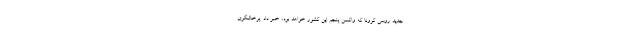
جدید روسی کرونا که واکسن پنجم این کشور خواهد بود، خبر داد. پرخاشگری